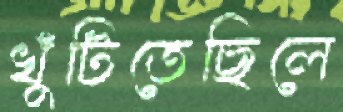
খুঁটিতেছিলে